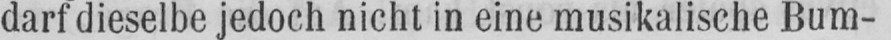
darf dieselbe jedoch nicht in eine musikalische Bum-